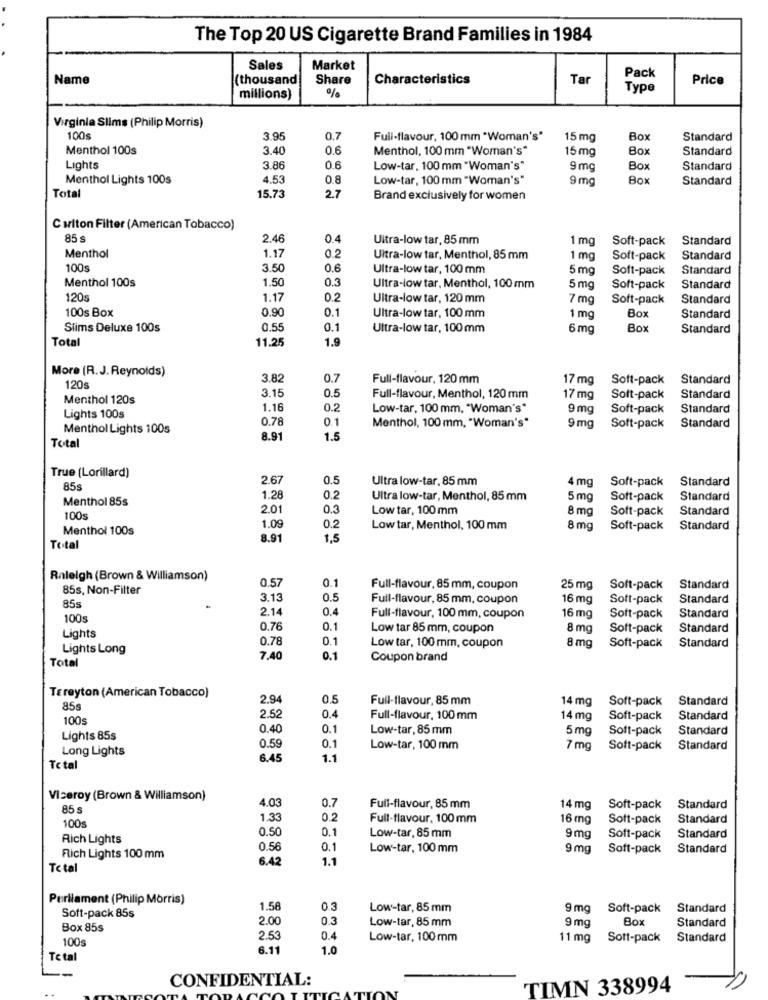
The Top 20 US Cigarette Brand Families in 1984
Sales
Market
Name
(thousand
Share
Characteristics
Tar
Pack
Price
%
Type
millions)
Virginia Slims (Philip Morris)
100s
3.95
0.7
Full-flavour, 100 mm *Woman's"
15 mg
Box
Standard
Menthol 100s
3.40
0.6
Menthol, 100 mm "Woman's"
15 mg
Box
Standard
Lights
3.86
0.6
Low-tar, 100 mm "Woman's"
9 mc
Box
Standard
Menthol Lights 100s
4.53
0.8
Low-tar, 100 mm "Woman's"
9 mc
Box
Standard
Total
15.73
2.7
Brand exclusively for women
Caiton Filter (American Tobacco)
85 s
2.46
0.4
Ultra-low tar, 85 mm
1 mg
Soft-pack
Standard
Menthol
1.17
0.2
Ultra-low tar, Menthol, 85 mm
1 mg
Soft-pack
Standard
100s
3.50
0.6
Ultra-low tar, 100 mm
5 mg
Soft-pack
Standard
Menthol 100s
1.50
0.3
Ultra-low tar, Menthol, 100 mm
5 mg
Soft-pack
Standard
120s
1.17
0.2
Ultra-low tar, 120 mm
7 mg
Soft-pack
Standard
100s Box
0.90
0.1
Ultra-low tar, 100 mm
Bo
1 mg
Standard
Slims Deluxe 100s
0.5
0.1
Ultra-low tar, 100mm
6 mg
Box
Standard
Total
11.25
1.9
More (R.J.Reynolds)
3.82
0.7
Full-flavour, 120 mm
17 mg
Soft-pack
Standard
120s
Menthol 120s
3.1
0.5
Full-flavour, Menthol, 120 mm
17 mg
Soft-pack
Standard
1.16
0.2
Low-tar, 100 mm, "Woman's"
9 mg
Soft-pack
Standard
Lights 100s
0.78
0.1
Menthol, 100 mm, "Woman's"
Menthol Lights 100s
9 mg
Soft-pack
Standard
8.91
1.5
Total
True (Lorillard)
2.67
0.5
Ultra low-tar. 85 mm
4 mg
Soft-pack
Standard
85s
Menthol 85s
1.28
0.2
Ultra low-tar, Menthol, 85 mm
5mg
Soft-pack
Standard
2.01
0.3
Low tar, 100 mm
8 mg
Soft-pack
Standard
100s
1.09
Menthol 100s
0.2
Low tar, Menthol, 100 mm
8 mg
Soft-pack
Standard
8.91
1,5
Total
Raleigh (Brown & Willi
mson)
0.57
0.1
85s, Non-Filter
Full-flavour, 85 mm, coupon
25 mg
Soft-pack
Standard
3.13
0.5
Full-flavour, 85 mm, coupon
16 mg
Soft-pack
Standard
85s
2.14
0.4
100
Full-flavour, 100 mm, coupon
16 mg
Soft-pack
Standard
0.76
0.1
Low tar 85 mm, coupon
8 mg
Soft-pack
Standard
Lights
0.78
0.1
Lights Long
Low tar, 100 mm, coupon
8 mg
Soft-pack
Standard
Total
7.40
0.1
Coupon brand
TEreyton (American Tobacco)
2.94
0.5
Full-flavour, 85 mm
14 mg
Soft-pack
Standard
85g
100
2.52
0.4
Full-flavour, 100 mm
14 mg
Soft-pack
Standard
0.40
0.1
Low-tar, 85 mm
5 mg
Soft-pack
Standard
Lights 85s
0.59
Long Lights
0.1
Low-tar, 100 mm
7 mg
Soft-pack
Standard
5.45
1.1
Total
Viceroy (Brown & Williamson)
1.03
0.7
85
Full-flavour, 85 mm
14 mg
Soft-pack
Standard
1.33
0.2
Full-flavour, 100 mm
16 mg
Soft-pack
Standard
100s
0.50
0.1
Low-tar, 85 mm
Rich Lights
9 mg
Soft-pack
Standard
0.56
0.1
Low-tar, 100 mm
9 mg
Soft-pack
Standard
Rich Lights 100 mm
6.42
1.1
Total
Perliament (Philip Morris)
1.58
0.3
Low-tar, 85 mm
9 mg
Soft-pack
Standard
Soft-pack 855
2.00
0.3
Low-tar, 85 mm
9 mg
Box
Standard
Box 85s
100s
2.53
0.4
Low-tar, 100 mm
11 mg
Soft-pack
Standard
6.11
1.0
Total
CONFIDENTIAL:
TIMN 338994